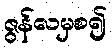
ဇွန်လမှစ၍